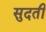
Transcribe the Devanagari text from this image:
सुदती